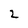
Character: 2